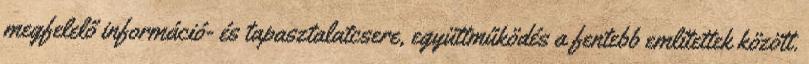
megfelelő információ- és tapasztalatcsere, együttműködés a fentebb említettek között.